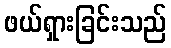
ဖယ်ရှားခြင်းသည်